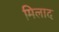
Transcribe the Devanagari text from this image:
मिलाद